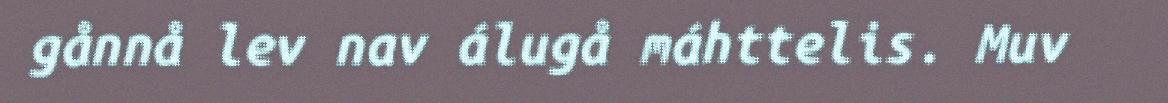
gånnå lev nav álugå máhttelis. Muv